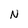
Character: n